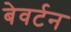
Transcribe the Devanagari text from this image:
बेवर्टन